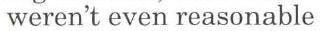
weren't even reasonable